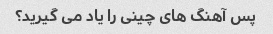
پس آهنگ های چینی را یاد می گیرید؟